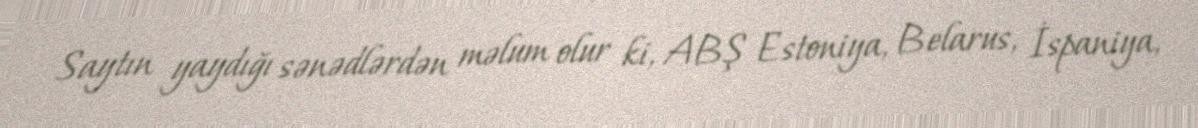
Saytın yaydığı sənədlərdən məlum olur ki, ABŞ Estoniya, Belarus, İspaniya,